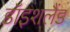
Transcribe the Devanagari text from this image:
डॉइशलैंड